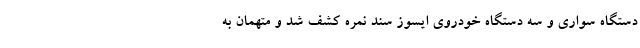
دستگاه سواری و سه دستگاه خودروی ایسوز سند نمره کشف شد و متهمان به